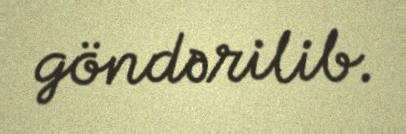
göndərilib.